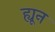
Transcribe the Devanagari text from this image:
ह्यून